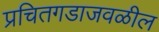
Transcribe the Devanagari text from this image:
प्रचितगडाजवळील